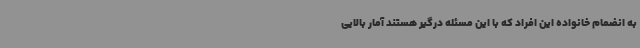
به انضمام خانواده این افراد که با این مسئله درگیر هستند آمار بالایی